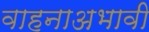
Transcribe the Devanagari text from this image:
वाहनाअभावी